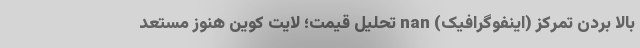
بالا بردن تمرکز (اینفوگرافیک) nan تحلیل قیمت؛ لایت کوین هنوز مستعد